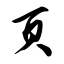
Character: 页